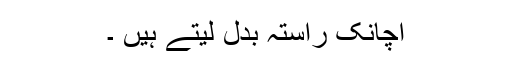
اچانک راستہ بدل لیتے ہیں ۔